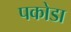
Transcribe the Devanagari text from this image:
पकोडा